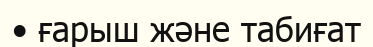
• ғарыш және табиғат